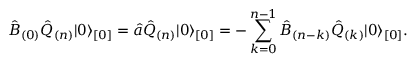
\hat { B } _ { ( 0 ) } \hat { Q } _ { ( n ) } \vert 0 \rangle _ { [ 0 ] } = \hat { a } \hat { Q } _ { ( n ) } \vert 0 \rangle _ { [ 0 ] } = - \sum _ { k = 0 } ^ { n - 1 } \hat { B } _ { ( n - k ) } \hat { Q } _ { ( k ) } \vert 0 \rangle _ { [ 0 ] } .